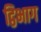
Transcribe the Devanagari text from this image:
द्विभाग